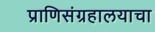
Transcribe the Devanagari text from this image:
प्राणिसंग्रहालयाचा